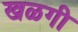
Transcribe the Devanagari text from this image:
खळगी